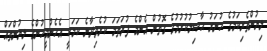
ލިޔުންތެރިކަމުގެ ހުނަރު ޙާޞިލުކުރުމުގެ ގޮތުން އެންމެ ފުރަތަމަ ކުރެވިދާނެ ކަމަކީ އެހެންމީހުންގެ ލިޔުންތައް